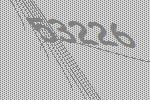
53226